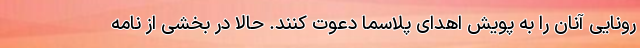
رونایی آنان را به پویش اهدای پلاسما دعوت کنند. حالا در بخشی از نامه